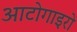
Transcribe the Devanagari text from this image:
आटोगाइरो